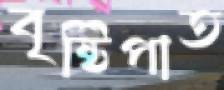
বৃষ্টিপাত